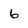
Character: 6